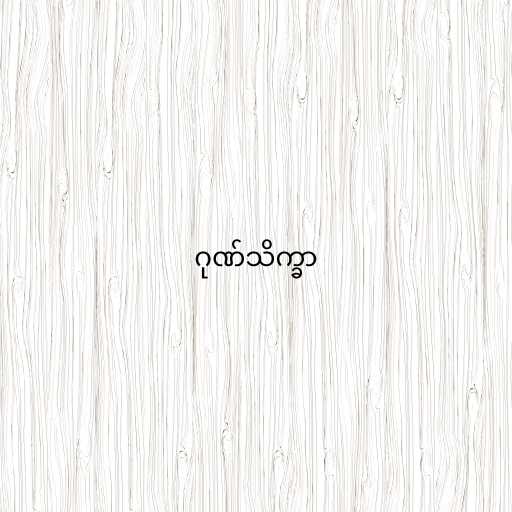
ဂုဏ်သိက္ခာ